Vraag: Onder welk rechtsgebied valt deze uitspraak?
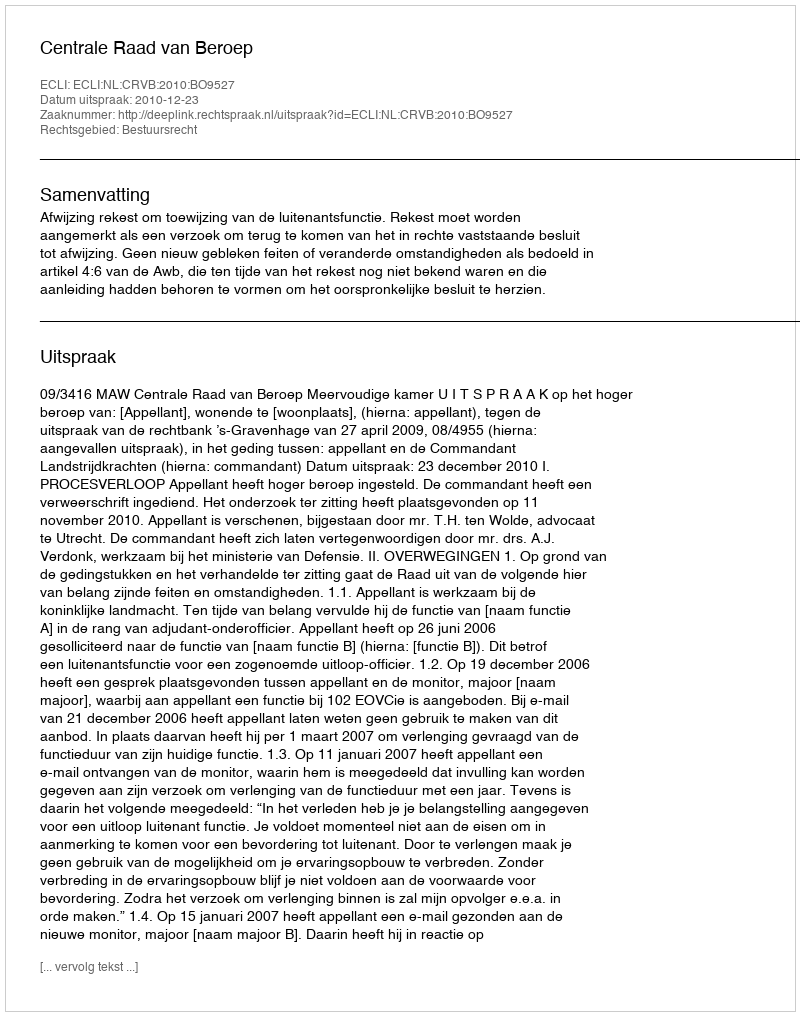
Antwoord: Bestuursrecht